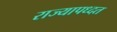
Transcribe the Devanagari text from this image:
राज्यापध्दत